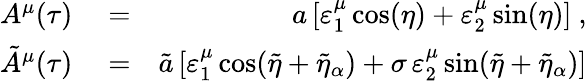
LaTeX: \begin{array}{rlr}{A^{\mu}(\tau)}&{{}=}&{a\, [\varepsilon_{1}^{\mu}\cos(\eta)+\varepsilon_{2}^{\mu}\sin(\eta)]\ ,}\\ {\tilde{A}^{\mu}(\tau)}&{{}=}&{\tilde{a}\, [\varepsilon_{1}^{\mu}\cos(\tilde{\eta}+\tilde{\eta}_{\alpha})+\sigma\, \varepsilon_{2}^{\mu}\sin(\tilde{\eta}+\tilde{\eta}_{\alpha})]}\end{array}